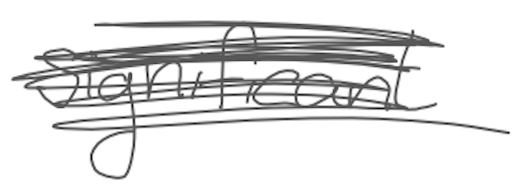
Text: significant
Cross-out: scratch
Writing tool: digital_gray